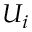
U _ { i }